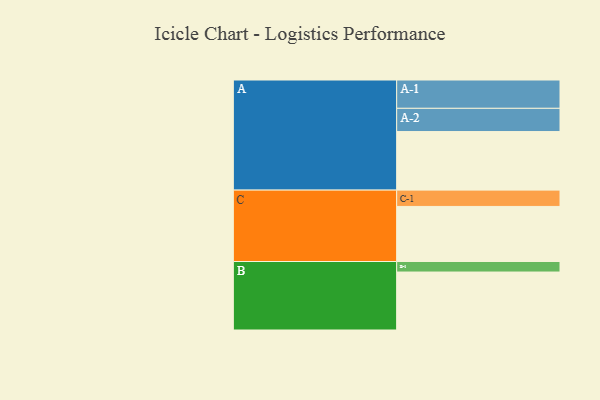
{"axis": {"x": "Segment", "y": "Value"}, "legend": ["", "A", "B", "C"], "data": [{"x": "A", "y": 484, "type": ""}, {"x": "B", "y": 479, "type": ""}, {"x": "C", "y": 455, "type": ""}, {"x": "A-1", "y": 234, "type": "A"}, {"x": "A-2", "y": 192, "type": "A"}, {"x": "B-1", "y": 87, "type": "B"}, {"x": "C-1", "y": 135, "type": "C"}]}